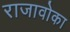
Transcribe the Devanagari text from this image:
राजावोका